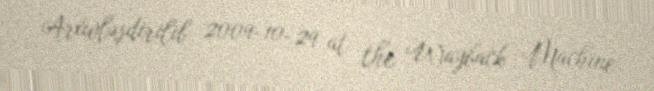
Arxivləşdirilib 2009-10-29 at the Wayback Machine.